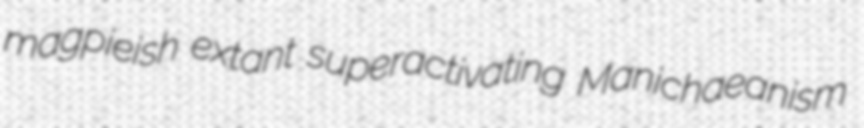
magpieish extant superactivating Manichaeanism